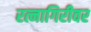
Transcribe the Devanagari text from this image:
रत्नागिरीवर